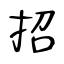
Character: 招